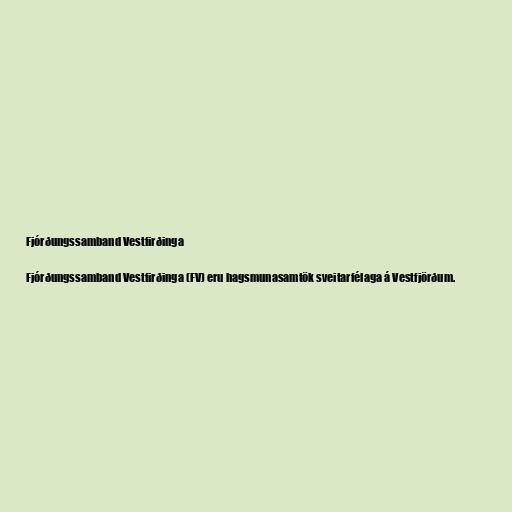
Fjórðungssamband Vestfirðinga

Fjórðungssamband Vestfirðinga (FV) eru hagsmunasamtök sveitarfélaga á Vestfjörðum.